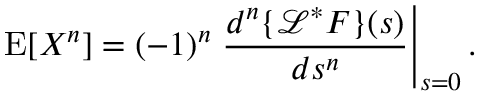
\operatorname { E } [ X ^ { n } ] = ( - 1 ) ^ { n } \left. { \frac { d ^ { n } \{ { \mathcal { L } } ^ { * } F \} ( s ) } { d s ^ { n } } } \right| _ { s = 0 } .